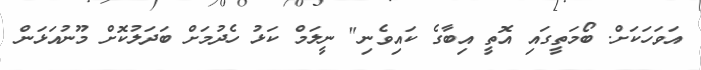
އަވަހަކަށް. ބޯމަތީގައި އޮތީ އިބާގެ ކައިވެނި" ނީލަމް ކަޅު ހެދުމަށް ބަދަލުކޮށް މޫނުއަޅަން